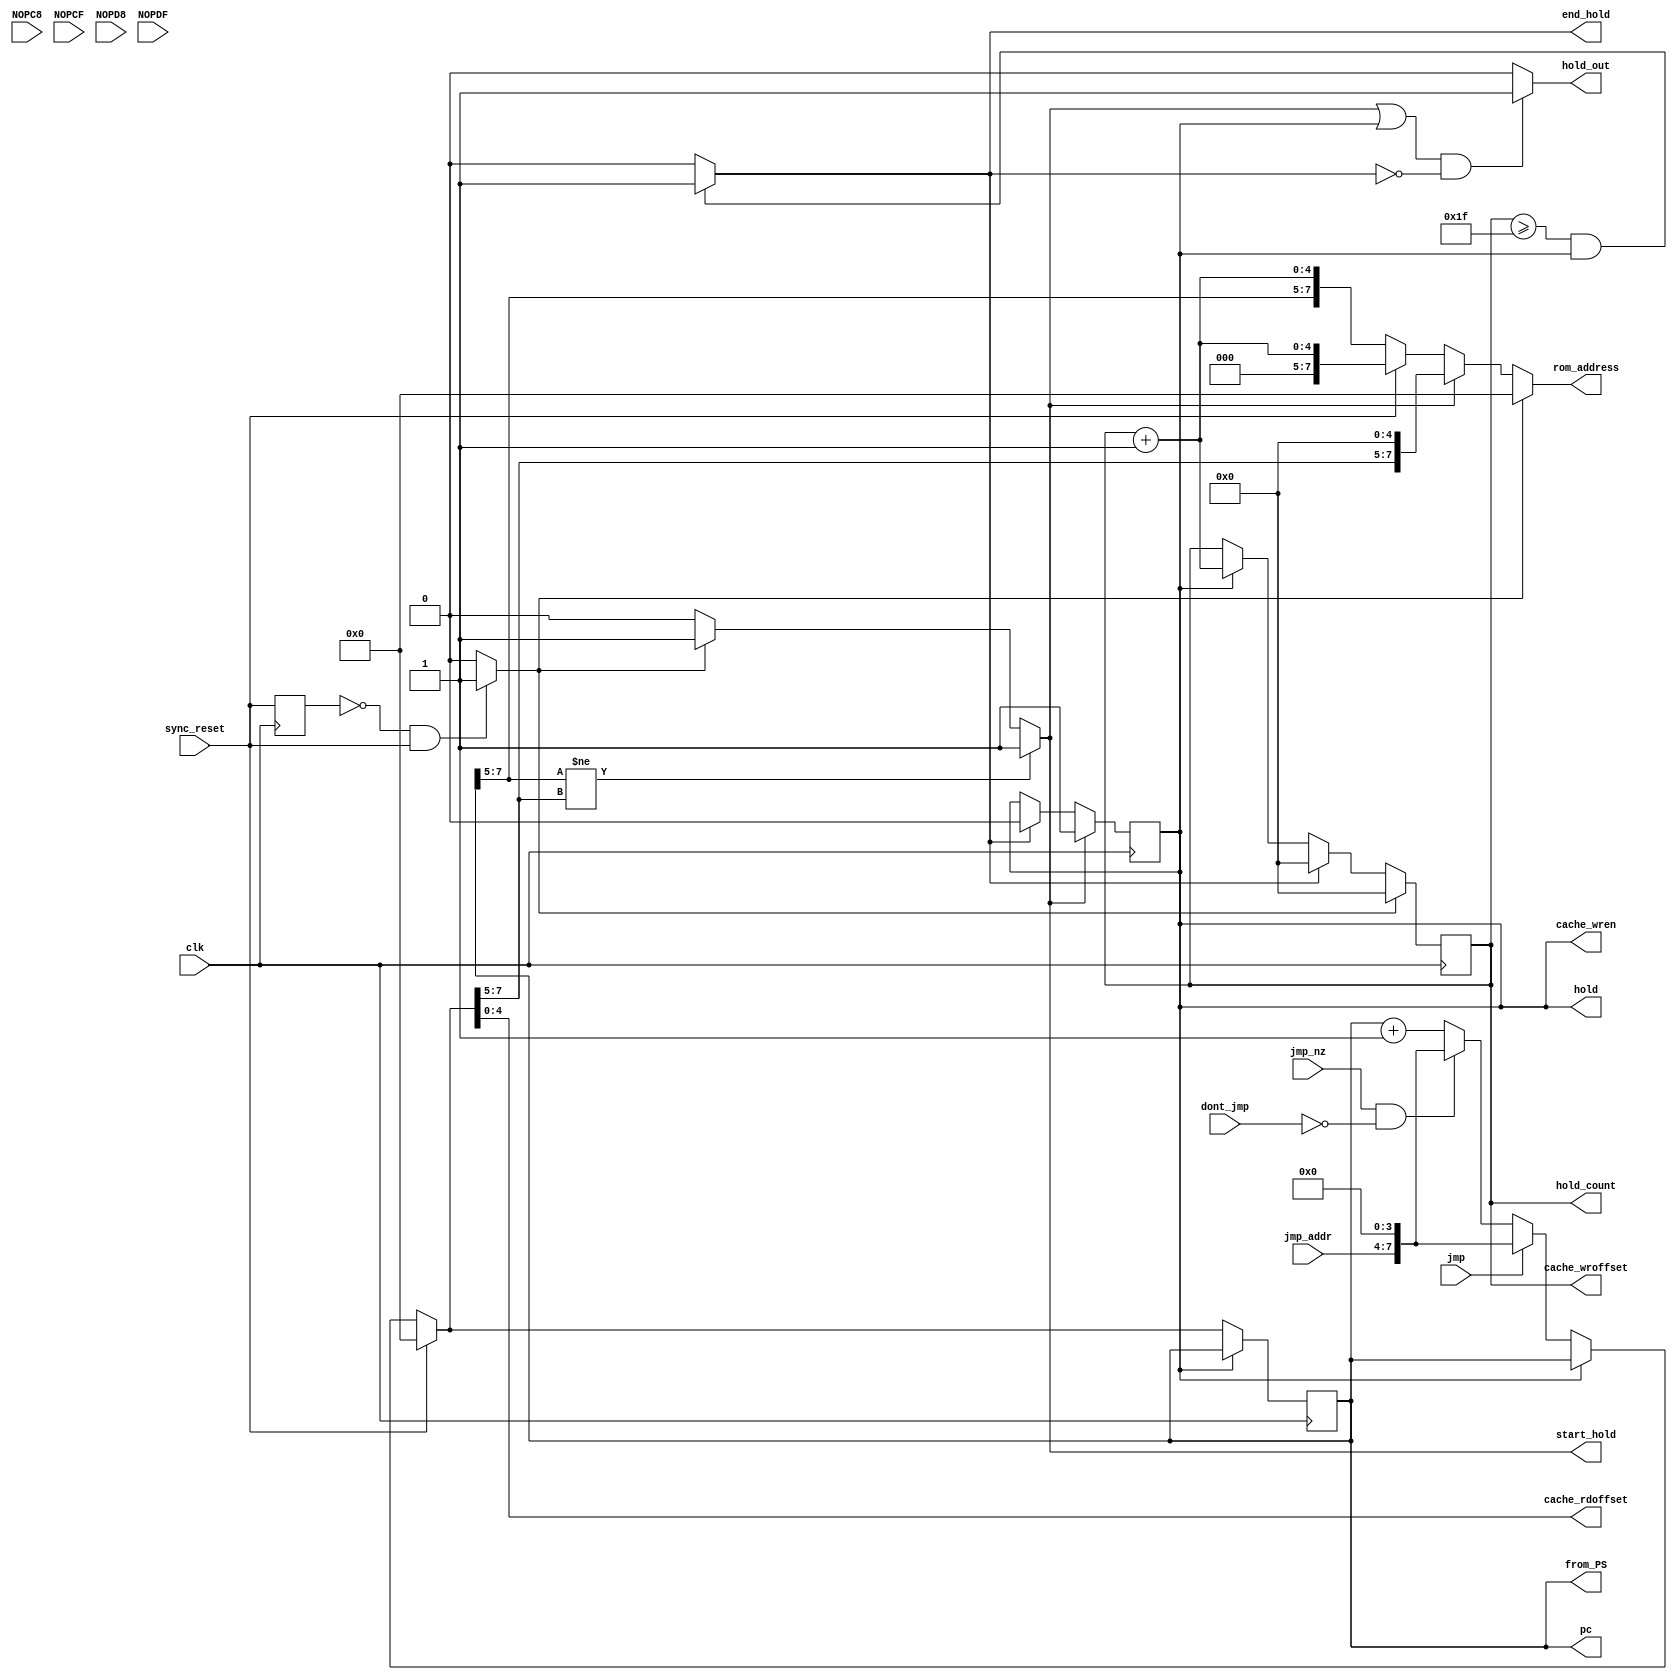
module program_sequencer(
	input clk, sync_reset, jmp, jmp_nz, dont_jmp,
	input NOPC8, NOPCF, NOPD8, NOPDF,		// inputs; will probably need in exam
	input [3:0] jmp_addr,
//	output reg [7:0] pm_addr,									// CME 433 Lab 4 (just an internal signal now, not output)
	output reg [7:0] rom_address,								// CME 433 Lab 4 (replaces pm_addr output)
	output reg [7:0] pc,							// made output for final exam (instead of internal)
	output reg [7:0] from_PS,					// made specifically for final exam scrambler
	output reg hold_out, start_hold, end_hold, hold,	// CME 433 Lab 3
	output reg [4:0] hold_count,								// CME 433 Lab 3
	output reg [4:0] cache_wroffset, cache_rdoffset,	// CME 433 Lab 4
	output reg cache_wren										// CME 433 Lab 4
	);



//// BEGIN CHANGES FROM CME 433 LAB 3 ////
//reg start_hold, end_hold, hold;			made output
//reg [7:0] hold_count; 						made output

always @ *
if ( pc[7:5] != pm_addr[7:5] )
	start_hold = 1'b1;
else if ( reset_1shot == 1'b1 )		// CME 433 Lab 4
	start_hold = 1'b1;					// CME 433 Lab 4
else
	start_hold = 1'b0;

always @ ( posedge clk )
//if ( sync_reset == 1'b1 )			// CME 433 Lab 4 
if ( reset_1shot == 1'b1 ) 			// CME 433 Lab 4
	hold_count = 8'd0;
else if ( end_hold == 1'b1 )
	hold_count = 1'b0;
else if ( hold == 1'b1 )
	hold_count = hold_count + 8'd1;
else
	hold_count = hold_count;

always @ *
if ( ( hold_count >= 8'd31 ) && ( hold == 1'b1 ) )
	end_hold = 1'b1;
else
	end_hold = 1'b0;

always @ ( posedge clk )
//if ( sync_reset == 1'b1 )			// CME 433 Lab 4
//	hold = 1'b0;							// CME 433 Lab 4
//else if ( start_hold == 1'b1 )		// CME 433 Lab 4
if ( start_hold == 1'b1 )				// CME 433 Lab 4
	hold = 1'b1;
else if ( end_hold == 1'b1 )
	hold = 1'b0;
else
	hold = hold;

always @ *
if ( ( ( start_hold == 1'b1 ) || ( hold == 1'b1 ) ) && ( end_hold != 1'b1 ) )
	hold_out = 1'b1;
else
	hold_out = 1'b0;

////  END CHANGES FROM CME 433 LAB 3  ////


//// BEGIN CHANGES FROM CME 433 LAB 4 ////
reg [7:0] pm_addr;						// (used to be an output)
reg sync_reset_1, reset_1shot;

always @ ( posedge clk )
sync_reset_1 = sync_reset;

always @ *
if ( ( sync_reset_1 == 1'b0 ) && ( sync_reset == 1'b1 ) )
	reset_1shot = 1'b1;
else
	reset_1shot = 1'b0;

always @ *
cache_wroffset = hold_count;

always @ *
cache_rdoffset = pm_addr[4:0];

always @ *
cache_wren = hold;

always @ *
if ( reset_1shot == 1'b1 )
	rom_address = 8'd0;
else if ( start_hold == 1'b1 )
	rom_address = {pm_addr[7:5],5'd0};
else if ( sync_reset == 1'b1 )
	rom_address = {3'd0,hold_count+5'd1};
else
	rom_address = {pc[7:5],hold_count+5'd1};

////  END CHANGES FROM CME 433 LAB 4  ////


always @ *
//from_PS = 8'h0;  // in exam
from_PS = pc;		// testing prior to exam

always @ (posedge clk)
if ( hold == 1'b1 )				// CME 433 Lab 3
	pc = pc;							// CME 433 Lab 3
else
	pc = pm_addr;

always @ *
if (sync_reset == 1'b1) 
	pm_addr = 8'd0;
else if ( hold == 1'b1 )
	pm_addr = pc; 
else if (jmp == 1'b1) 
	pm_addr = {jmp_addr, 4'd0};
else if ((jmp_nz == 1'b1) && (dont_jmp == 1'b0)) 
	pm_addr = {jmp_addr, 4'd0};
else 
	pm_addr = pc + 8'd1;

endmodule